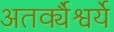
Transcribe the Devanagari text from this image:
अतर्क्यैश्वर्ये